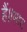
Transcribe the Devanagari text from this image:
हैं।।भाट